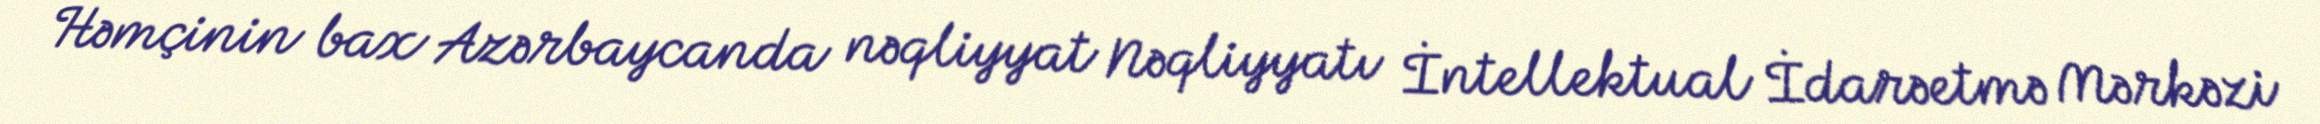
Həmçinin bax Azərbaycanda nəqliyyat Nəqliyyatı İntellektual İdarəetmə Mərkəzi